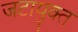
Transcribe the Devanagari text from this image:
जटायुक्त